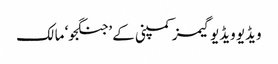
ویڈیو ویڈیو گیمز کمپنی کے ’جنگجو‘ مالک